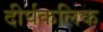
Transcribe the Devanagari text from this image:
दीर्घकलिक